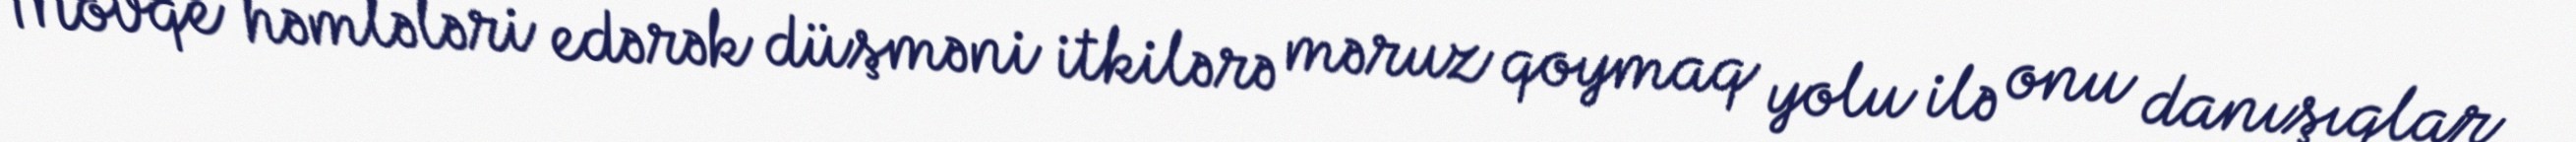
Mövqe həmlələri edərək düşməni itkilərə məruz qoymaq yolu ilə onu danışıqlar